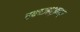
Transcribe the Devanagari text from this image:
स्फ्ध्ज्श्झ्स्फ्